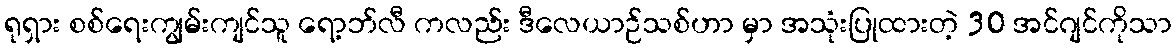
ရုရှား စစ်ရေးကျွမ်းကျင်သူ ရော့ဘ်လီ ကလည်း ဒီလေယာဉ်သစ်ဟာ မှာ အသုံးပြုထားတဲ့ 30 အင်ဂျင်ကိုသာ